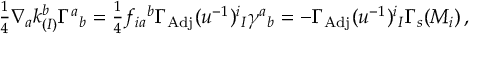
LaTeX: { \textstyle \frac { 1 } { 4 } } \nabla _ { a } k _ { ( I ) } ^ { b } \Gamma ^ { a } { } _ { b } = { \textstyle \frac { 1 } { 4 } } f _ { i a } { } ^ { b } \Gamma _ { \mathrm { A d j } } ( u ^ { - 1 } ) ^ { i } { } _ { I } \gamma ^ { a } { } _ { b } = - \Gamma _ { \mathrm { A d j } } ( u ^ { - 1 } ) ^ { i } { } _ { I } \Gamma _ { s } ( M _ { i } ) \, ,